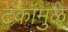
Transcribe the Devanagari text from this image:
टंकांमुळे